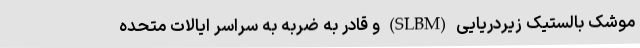
موشک بالستیک زیردریایی (SLBM) و قادر به ضربه به سراسر ایالات متحده